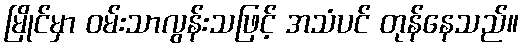
မြိုင်မှာ ဝမ်းသာလွန်းသဖြင့် အသံပင် တုန်နေသည်။